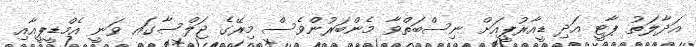
އަދާލަތު ޕާޓީ އަދި ޑީއާރުޕީއަށް ނިސްބަތްވާ މެންބަރުންވެސް މިރޭގެ ޖަލްސާގައ ވަނީ އެމްޑީޕީއާއި